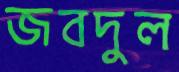
জবদুল